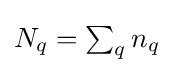
{\textstyle N_{q}=\sum _{q}n_{q}}